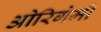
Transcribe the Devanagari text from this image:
ओरिगेमी